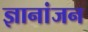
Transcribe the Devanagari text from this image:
ज्ञानांजन